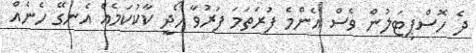
ދެ ހޮސްޕިޓަލުން ވެސް އެންމެ ފުރަތަމަ ފަރުވާ ހޯދީ ކާކުކަމެއް އެނގޭ ހެނެއް